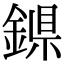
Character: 𨨴